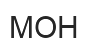
МОН